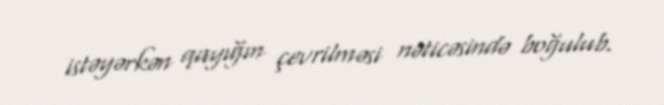
istəyərkən qayığın çevrilməsi nəticəsində boğulub.